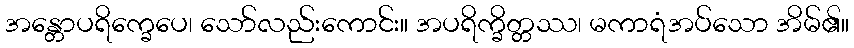
အန္တောပရိက္ခေပေ၊ သော်လည်းကောင်း။ အပရိက္ခိတ္တဿ၊ မကာရံအပ်သော အိမ်၏။